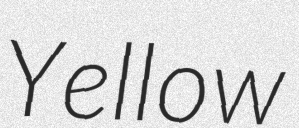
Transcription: Yellow